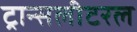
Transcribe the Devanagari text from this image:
ट्रान्सलीटरल